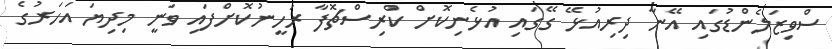
ސްވިޒަލެންޑުގައި އޭނާ ދިރިއުޅޭ ގޭގައި އުޅެނިކޮށް ކްރިސްޗޮފާ ރަހީނުކޮށްފައި ވަނީ މިދިޔަ އަހަރުގެ